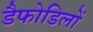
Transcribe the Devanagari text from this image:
डैफोडिलों